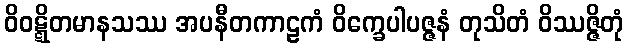
ဝိဝဋ္ဋိတမာနသဿ အပနီတကာဠကံ ဝိက္ခေပါပဇ္ဇနံ တုသိတံ ဝိဿဇ္ဇိတုံ